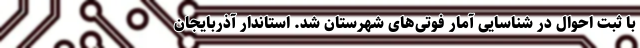
با ثبت احوال در شناسایی آمار فوتی‌های شهرستان شد. استاندار آذربایجان